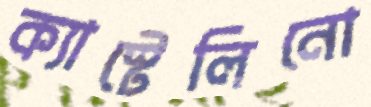
ক্যাস্টেলিনো